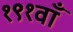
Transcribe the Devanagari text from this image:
१९१वाँ